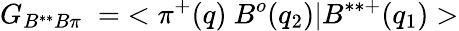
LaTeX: G_{B^{**}B\pi}\; =\; <\pi^{+}(q)~B^{o}(q_{2})|B^{**+}(q_{1})>